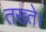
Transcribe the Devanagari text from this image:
तख्ते।